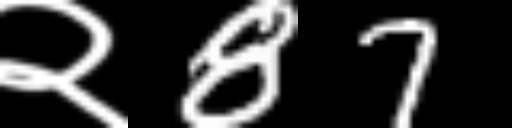
Text: २87